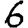
Digit: 6